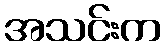
အသင်းက